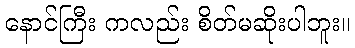
နောင်ကြီး ကလည်း စိတ်မဆိုးပါဘူး။